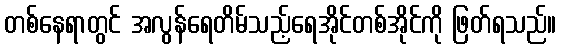
တစ်နေရာတွင် အလွန်ရေတိမ်သည့်ရေအိုင်တစ်အိုင်ကို ဖြတ်ရသည်။